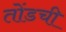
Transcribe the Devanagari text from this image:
तोंडची